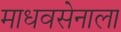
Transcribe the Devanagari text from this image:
माधवसेनाला